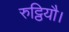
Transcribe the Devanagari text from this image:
रुट्ठियौ।